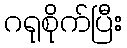
ဂရုစိုက်ပြီး